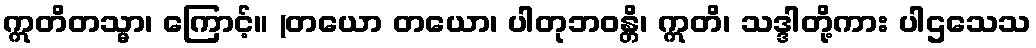
ဣတိတသ္မာ၊ ကြောင့်။ (တယော တယော၊ ပါတုဘဝန္တိ၊ ဣတိ၊ သဒ္ဒါတို့ကား ပါဌသေသ